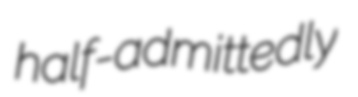
half-admittedly